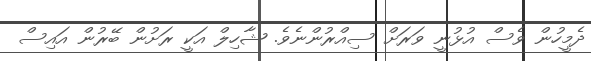
ދެމީހުން ވެސް އުޅުނީ ވަރަށް ސިއްރުންނެވެ. ޝާހިލް އަކީ ރަށުން ބޭރުން އައިސް